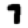
Digit: 7